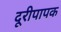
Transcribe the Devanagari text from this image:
दूरीपापक